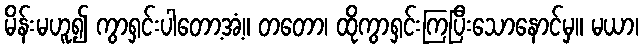
မိန်းမဟူ၍ ကွာရှင်းပါတော့အံ့။ တတော၊ ထိုကွာရှင်းကြပြီးသောနောင်မှ။ မယာ၊